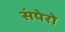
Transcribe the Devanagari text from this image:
संपेरो